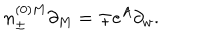
n _ { \pm } ^ { ( 0 ) M } \partial _ { M } = \mp e ^ { A } \partial _ { w } .